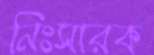
নিঃসারক